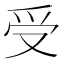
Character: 受